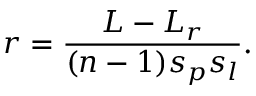
r = \frac { L - L _ { r } } { ( n - 1 ) s _ { p } s _ { l } } .